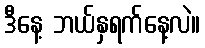
ဒီနေ့ ဘယ်နှရက်နေ့လဲ။